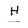
Character: H